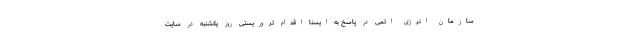
سازمان انرژی اتمی در پاسخ به ایسنا اقدام تروریستی روز یکشنبه در سایت